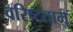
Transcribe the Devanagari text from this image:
वरिष्टताम्